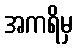
အကရိမှ